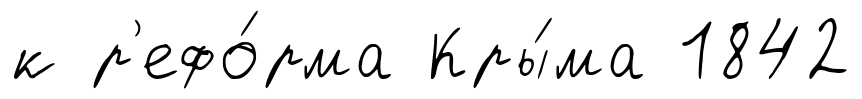
к р'ефо́рма Кры́ма 1842